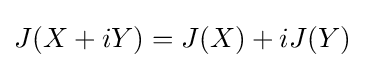
J(X+iY)=J(X)+iJ(Y)